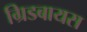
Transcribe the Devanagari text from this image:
ग्रिडबायस